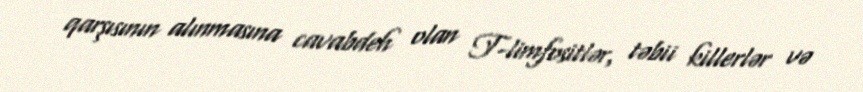
qarşısının alınmasına cavabdeh olan T-limfositlər, təbii killerlər və